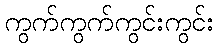
ကွက်ကွက်ကွင်းကွင်း